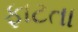
ફાટતા